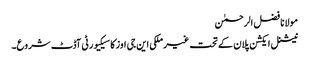
مولانا فضل الرحمٰن
نیشنل ایکشن پلان کے تحت غیر ملکی این جی اوز کا سیکیورٹی آڈٹ شروع۔